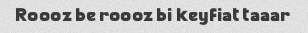
Roooz be roooz bi keyfiat taaar